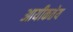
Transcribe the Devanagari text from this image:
आयीकतेय